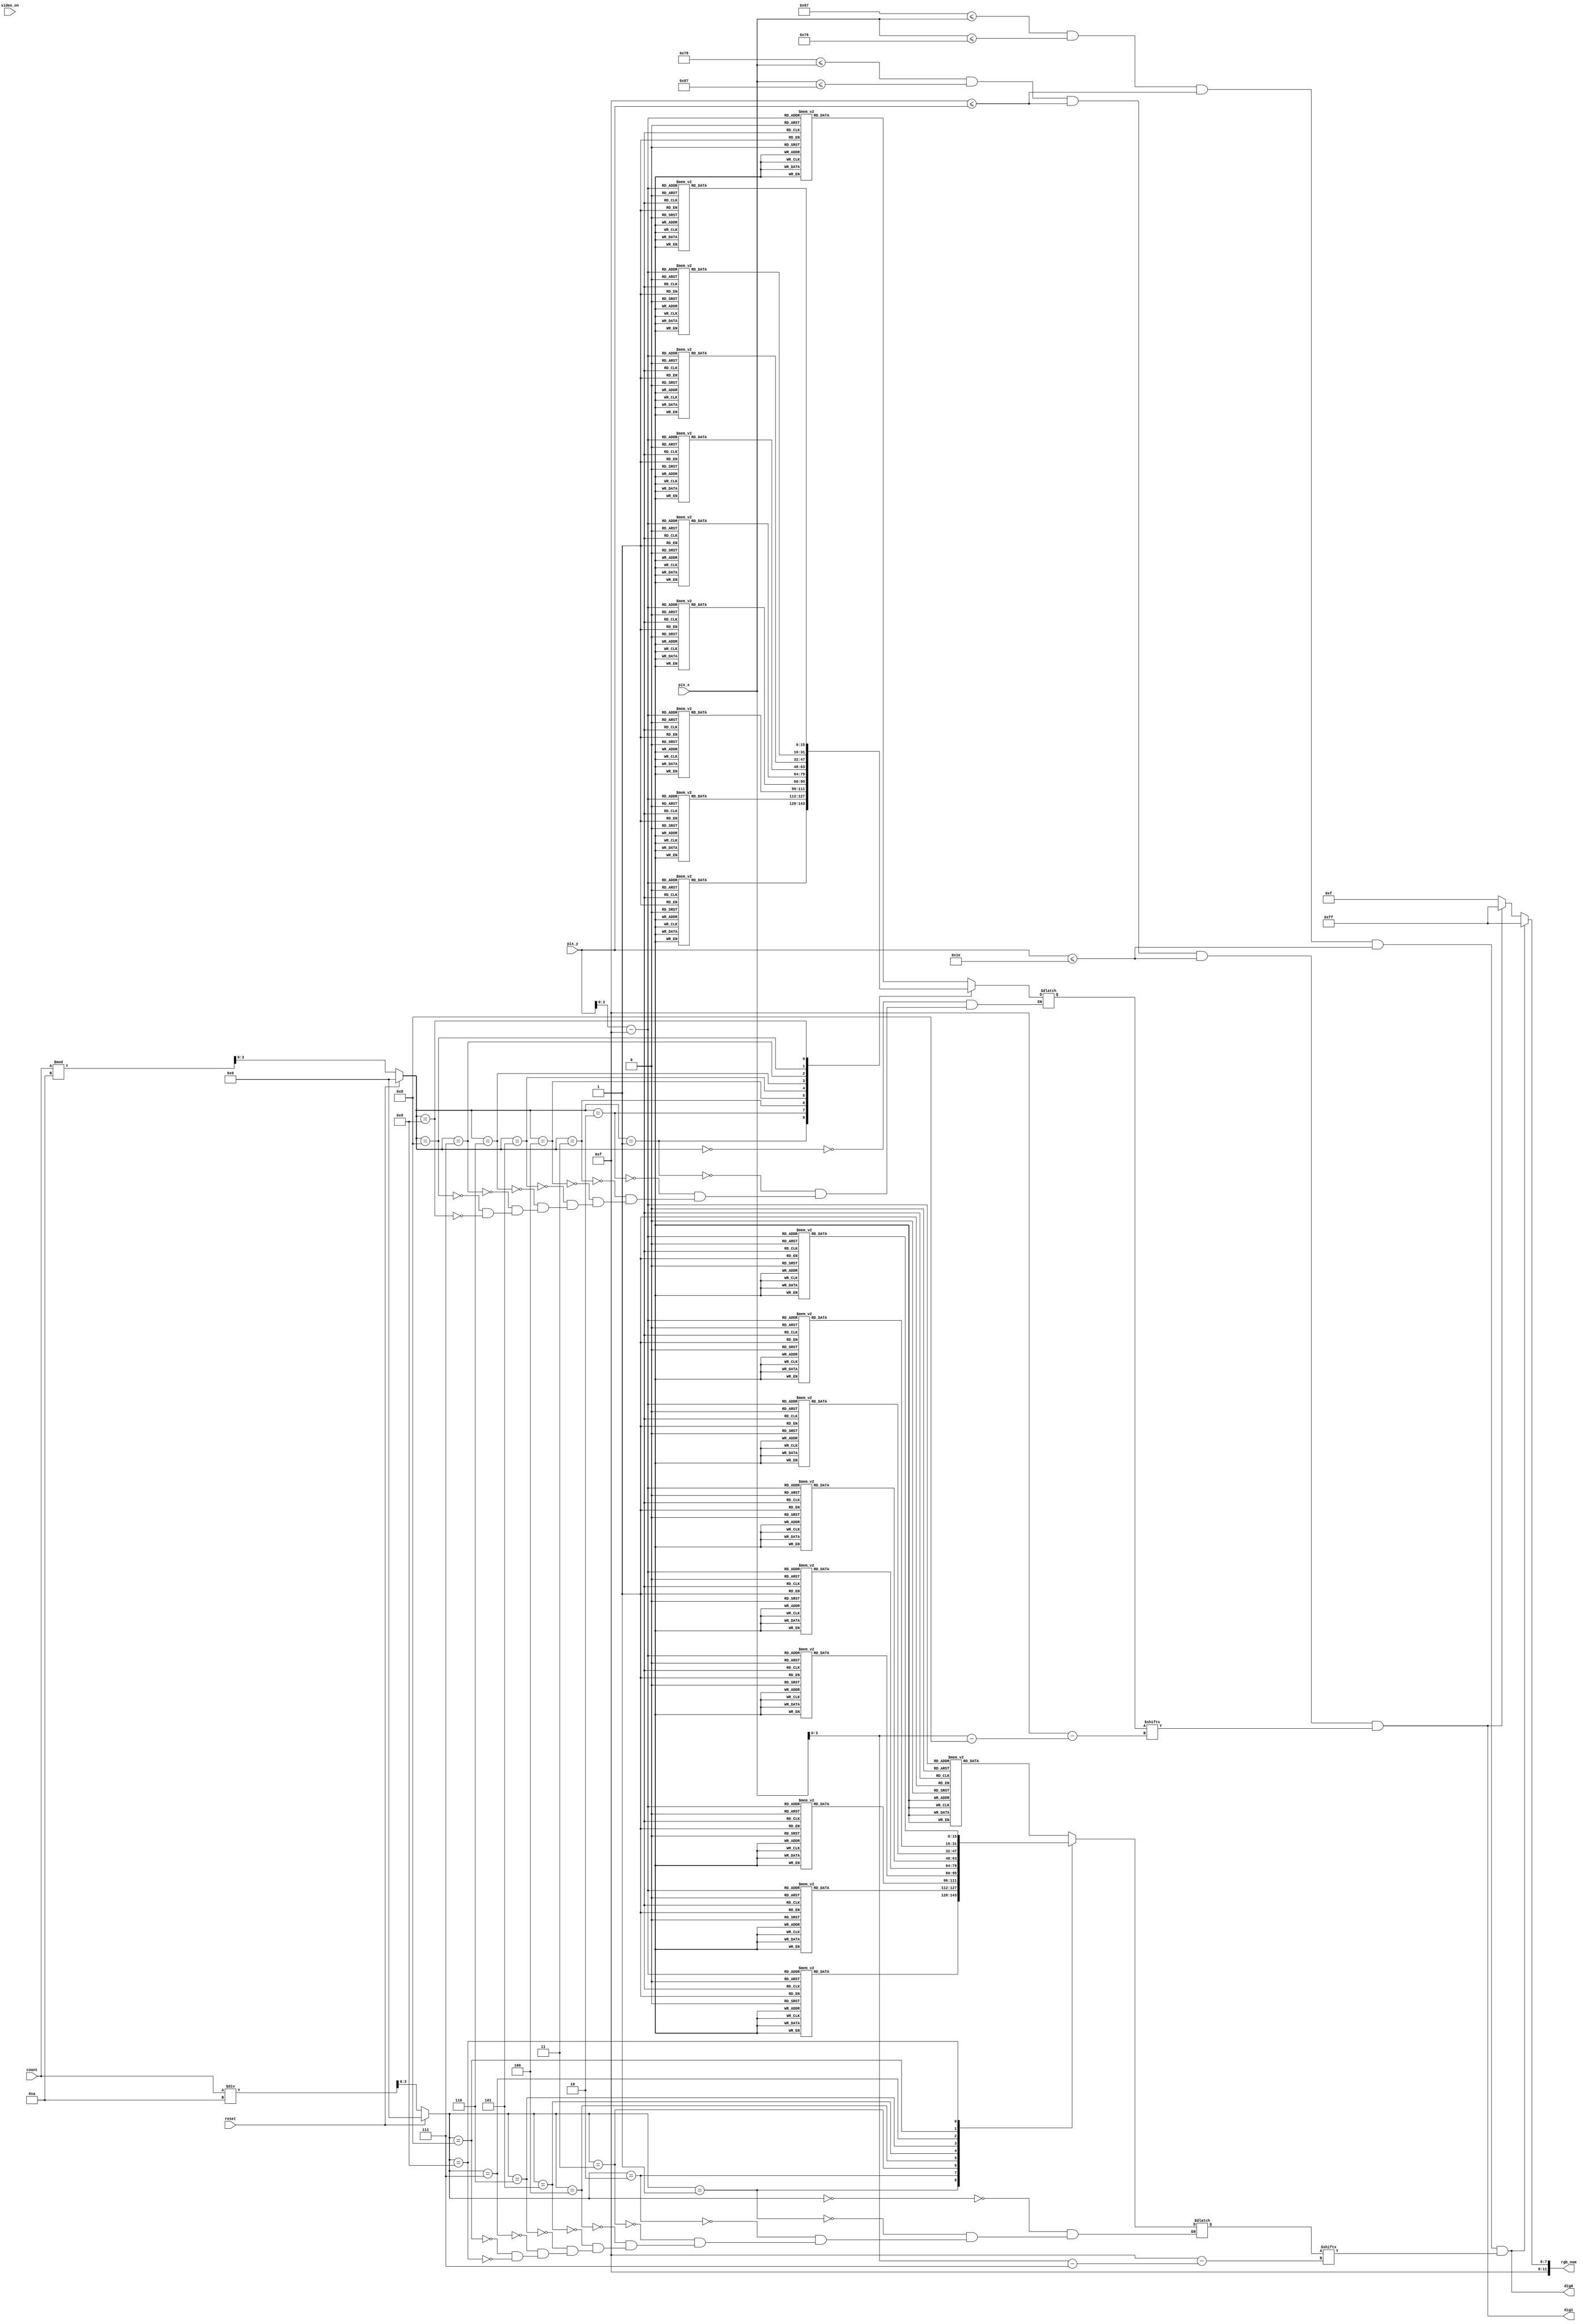
module text_number(
    input video_on,
    input reset,
    input [9:0] pix_x,pix_y,
    input [6:0] count,
    output reg[11:0]rgb_num,
    output wire dig0,dig1
    );



localparam num_X_L1 = 103;
localparam num_X_R1 = 118;
        
localparam num_X_L2 = 120;
localparam num_X_R2 = 135;
localparam num_Y_T = 15;
localparam num_Y_B = 30;

wire  num_on1, rd_num_on1 , num_on2, rd_num_on2;

reg [0:15] rom_data1;
reg [0:15] rom_data2;
wire[3:0] rom_col1,rom_col2,rom_add1,rom_add2;
wire rom_bit1,rom_bit2;
reg [3:0] tens;
reg [3:0] ones;

wire[11:0] background = 12'b100011110000;
wire[11:0] numcolor   = 12'b001100110000;
        
    assign num_on1 =
      (num_X_L1<=pix_x) && (pix_x<=num_X_R1) &&
      (num_Y_T<=pix_y) && (pix_y<=num_Y_B);
      
    assign num_on2 =
      (num_X_L2<=pix_x) && (pix_x<=num_X_R2) &&
      (num_Y_T<=pix_y) && (pix_y<=num_Y_B);                
                     
assign rom_add1 = pix_y[3:0] - num_Y_T[3:0];
assign rom_add2 = pix_y[3:0] - num_Y_T[3:0];
assign rom_col1 = pix_x[3:0] - num_X_L1[3:0];
assign rom_col2 = pix_x[3:0] - num_X_L2[3:0];
assign rom_bit1 = rom_data1[rom_col1];
assign rom_bit2 = rom_data2[rom_col2];
assign rd_num_on1 = num_on1 && rom_bit1;
assign rd_num_on2 = num_on2 && rom_bit2;
          // red
assign dig0=rd_num_on1;
assign dig1=rd_num_on2;
        
        always @ *
        begin 
          if (rd_num_on1)
        rgb_num=12'b111111111111;
        else if (rd_num_on2)
        rgb_num=12'b111111111111;
         else  
        rgb_num=12'b111100001111;
        end 
        
        always @ *
       if(reset)
         begin
            tens <=0;
            ones <= 0;
         end
       else
         begin 
            tens=count/10;
            ones=count%10;
         end
      
        always @ *
        begin 
        case (tens)
        
        0:  case ( rom_add1 )
             0: rom_data1   = 16'b1111111111111111;// 
             1: rom_data1   = 16'b1111111111111111;//
             2: rom_data1   = 16'b1100000000000011;//
             3: rom_data1   = 16'b1100000000000011;//
             4: rom_data1   = 16'b1100000000000011;//
             5: rom_data1   = 16'b1100000000000011;//
             6: rom_data1   = 16'b1100000000000011;//
             7: rom_data1   = 16'b1100000000000011;//
             8: rom_data1   = 16'b1100000000000011;//
             9: rom_data1   = 16'b1100000000000011;//
             10:rom_data1   = 16'b1100000000000011;//
             11:rom_data1   = 16'b1100000000000011;//
             12:rom_data1   = 16'b1100000000000011;//
             13:rom_data1   = 16'b1100000000000011;//
             14:rom_data1   = 16'b1111111111111111;//
             15:rom_data1   = 16'b1111111111111111;//
             endcase
        
        1:  case ( rom_add1 )                                
             0: rom_data1   = 16'b0000001110000000;//         
             1: rom_data1   = 16'b0000011110000000;//         
             2: rom_data1   = 16'b0000000110000000;//         
             3: rom_data1   = 16'b0000000110000000;//         
             4: rom_data1   = 16'b0000000110000000;//         
             5: rom_data1   = 16'b0000000110000000;//         
             6: rom_data1   = 16'b0000000110000000;//         
             7: rom_data1   = 16'b0000000110000000;//         
             8: rom_data1   = 16'b0000000110000000;//         
             9: rom_data1   = 16'b0000000110000000;//         
             10:rom_data1   = 16'b0000000110000000;//         
             11:rom_data1   = 16'b0000000110000000;//         
             12:rom_data1   = 16'b0000000110000000;//         
             13:rom_data1  = 16'b0000000110000000;//         
             14:rom_data1   = 16'b0000000110000000;//         
             15:rom_data1   = 16'b0000000110000000;//  
          endcase 
          
          
        2:   case ( rom_add1 )
                                    
            0: rom_data1   = 16'b1111111111111111;//                         
            1: rom_data1   = 16'b1111111111111111;//                         
            2: rom_data1   = 16'b0000000000000011;//                         
            3: rom_data1   = 16'b0000000000000011;//                         
            4: rom_data1   = 16'b0000000000000011;//                         
            5: rom_data1   = 16'b0000000000000011;//                         
            6: rom_data1   = 16'b0000000000000011;//                         
            7: rom_data1   = 16'b1111111111111111;//                         
            8: rom_data1   = 16'b1111111111111111;//                         
            9: rom_data1   = 16'b1100000000000000;//                         
            10:rom_data1   = 16'b1100000000000000;//                         
            11:rom_data1   = 16'b1100000000000000;//                         
            12:rom_data1   = 16'b1100000000000000;//                         
            13:rom_data1   = 16'b1100000000000000;//                         
            14:rom_data1   = 16'b1111111111111111;//                                                
            15:rom_data1   = 16'b1111111111111111;// 
            endcase 
            
        3:case ( rom_add1 )                         
           0: rom_data1   = 16'b1111111111111111;//  
           1: rom_data1   = 16'b1111111111111111;//  
           2: rom_data1   = 16'b0000000000000011;//  
           3: rom_data1   = 16'b0000000000000011;//  
           4: rom_data1   = 16'b0000000000000011;//  
           5: rom_data1   = 16'b0000000000000011;//  
           6: rom_data1   = 16'b0000000000000011;//  
           7: rom_data1   = 16'b1111111111111111;//  
           8: rom_data1   = 16'b1111111111111111;//  
           9: rom_data1   = 16'b0000000000000011;//  
           10:rom_data1   = 16'b0000000000000011;//  
           11:rom_data1   = 16'b0000000000000011;//  
           12:rom_data1   = 16'b0000000000000011;//  
           13:rom_data1   = 16'b0000000000000011;//  
           14:rom_data1   = 16'b11111111111111111;//  
           
           15:rom_data1   = 16'b11111111111111111;//  
           endcase                                  
        
        
        
        
        
        
        4:case ( rom_add1 )                         
           0: rom_data1   = 16'b1100000000000011;//  
           1: rom_data1   = 16'b1100000000000011;//  
           2: rom_data1   = 16'b1100000000000011;//  
           3: rom_data1   = 16'b1100000000000011;//  
           4: rom_data1   = 16'b1100000000000011;//  
           5: rom_data1   = 16'b1100000000000011;//  
           6: rom_data1   = 16'b1111111111111111;//  
           7: rom_data1   = 16'b1111111111111111;//  
           8: rom_data1   = 16'b0000000000000011;//  
           9: rom_data1   = 16'b0000000000000011;//  
           10:rom_data1   = 16'b0000000000000011;//  
           11:rom_data1   = 16'b0000000000000011;//  
           12:rom_data1   = 16'b0000000000000011;//  
           13:rom_data1   = 16'b0000000000000011;//  
           14:rom_data1   = 16'b0000000000000011;//  
           15:rom_data1   = 16'b0000000000000011;//  
           endcase                                  
        
        5:case ( rom_add1 )                         
           0: rom_data1   = 16'b1111111111111111;//  
           1: rom_data1   = 16'b1111111111111111;//  
           2: rom_data1   = 16'b1100000000000000;//  
           3: rom_data1   = 16'b1100000000000000;//  
           4: rom_data1   = 16'b1100000000000000;//  
           5: rom_data1   = 16'b1100000000000000;//  
           6: rom_data1   = 16'b1111111111111111;//  
           7: rom_data1   = 16'b1111111111111111;//  
           8: rom_data1   = 16'b0000000000000011;//  
           9: rom_data1   = 16'b0000000000000011;//  
           10:rom_data1   = 16'b0000000000000011;//  
           11:rom_data1   = 16'b0000000000000011;//  
           12:rom_data1   = 16'b0000000000000011;//  
           13:rom_data1   = 16'b0000000000000011;//  
           14:rom_data1   = 16'b1111111111111111;//  
           15:rom_data1   = 16'b1111111111111111;//  
           endcase                                  
        
        
        
        
        
        
        6:case ( rom_add1 )                         
           0: rom_data1   = 16'b1111111111111111;//  
           1: rom_data1   = 16'b1111111111111111;//  
           2: rom_data1   = 16'b1100000000000000;//  
           3: rom_data1   = 16'b1100000000000000;//  
           4: rom_data1   = 16'b1100000000000000;//  
           5: rom_data1   = 16'b1100000000000000;//  
           6: rom_data1   = 16'b1100000000000000;//  
           7: rom_data1   = 16'b1111111111111111;//  
           8: rom_data1   = 16'b1111111111111111;//  
           9: rom_data1   = 16'b1100000000000011;//  
           10:rom_data1   = 16'b1100000000000011;//  
           11:rom_data1   = 16'b1100000000000011;//  
           12:rom_data1   = 16'b1100000000000011;//  
           13:rom_data1   = 16'b1100000000000011;//  
           14:rom_data1   = 16'b1111111111111111;//  
           15:rom_data1   = 16'b1111111111111111;//  
           endcase    
           
                                         
        7: 
        case ( rom_add1 )                         
         0: rom_data1   = 16'b1111111111111111;//  
         1: rom_data1   = 16'b1111111111111111;//  
         2: rom_data1   = 16'b0000000000000011;//  
         3: rom_data1   = 16'b0000000000000011;//  
         4: rom_data1   = 16'b0000000000000011;//  
         5: rom_data1   = 16'b0000000000000011;//  
         6: rom_data1   = 16'b0000000000000011;//  
         7: rom_data1   = 16'b0000000000000011;//  
         8: rom_data1   = 16'b0000000000000011;//  
         9: rom_data1   = 16'b0000000000000011;//  
         10:rom_data1   = 16'b0000000000000011;//  
         11:rom_data1   = 16'b0000000000000011;//  
         12:rom_data1   = 16'b0000000000000011;//  
         13:rom_data1   = 16'b0000000000000011;//  
         14:rom_data1   = 16'b0000000000000011;//  
         15:rom_data1   = 16'b0000000000000011;//  
         endcase                                  
        
        
        
        
        
        
        
        8:case ( rom_add1 )                         
           0: rom_data1   = 16'b1111111111111111;//  
           1: rom_data1   = 16'b1111111111111111;//  
           2: rom_data1   = 16'b1100000000000011;//  
           3: rom_data1   = 16'b1100000000000011;//  
           4: rom_data1   = 16'b1100000000000011;//  
           5: rom_data1   = 16'b1100000000000011;//  
           6: rom_data1   = 16'b1100000000000011;//  
           7: rom_data1   = 16'b1111111111111111;//  
           8: rom_data1   = 16'b1111111111111111;//  
           9: rom_data1   = 16'b1100000000000011;//  
           10:rom_data1   = 16'b1100000000000011;//  
           11:rom_data1   = 16'b1100000000000011;//  
           12:rom_data1   = 16'b1100000000000011;//  
           13:rom_data1   = 16'b1100000000000011;//  
           14:rom_data1   = 16'b1111111111111111;//  
           15:rom_data1   = 16'b1111111111111111;//  
           endcase                                  
        
        
        
        9:
        case ( rom_add1 )                         
         0: rom_data1   = 16'b1111111111111111;//  
         1: rom_data1   = 16'b1111111111111111;//  
         2: rom_data1   = 16'b1100000000000011;//  
         3: rom_data1   = 16'b1100000000000011;//  
         4: rom_data1   = 16'b1100000000000011;//  
         5: rom_data1   = 16'b1100000000000011;//  
         6: rom_data1   = 16'b1100000000000011;//  
         7: rom_data1   = 16'b1111111111111111;//  
         8: rom_data1   = 16'b1111111111111111;//  
         9: rom_data1   = 16'b0000000000000011;//  
         10:rom_data1   = 16'b0000000000000011;//  
         11:rom_data1   = 16'b0000000000000011;//  
         12:rom_data1   = 16'b0000000000000011;//  
         13:rom_data1   = 16'b0000000000000011;//  
         14:rom_data1   = 16'b0000000000000011;//  
         15:rom_data1   = 16'b0000000000000011;//  
         endcase                                  
       
        
        endcase 
        end 

 always @ *                                
 begin                                     
 case (ones)                               
                                           
     0:  case ( rom_add2 )                     
          0: rom_data2   = 16'b1111111111111111;
          1: rom_data2   = 16'b1111111111111111;
          2: rom_data2   = 16'b1100000000000011;
          3: rom_data2   = 16'b1100000000000011;
          4: rom_data2   = 16'b1100000000000011;
          5: rom_data2   = 16'b1100000000000011;
          6: rom_data2   = 16'b1100000000000011;
          7: rom_data2   = 16'b1100000000000011;
          8: rom_data2   = 16'b1100000000000011;
          9: rom_data2   = 16'b1100000000000011;
          10:rom_data2   = 16'b1100000000000011;
          11:rom_data2   = 16'b1100000000000011;
          12:rom_data2   = 16'b1100000000000011;
          13:rom_data2   = 16'b1100000000000011;
          14:rom_data2   = 16'b1111111111111111;
          15:rom_data2  = 16'b1111111111111111;
          endcase                              
                                               
     1:  case ( rom_add2 )                     
          0: rom_data2   = 16'b0000001110000000;
          1: rom_data2   = 16'b0000011110000000;
          2: rom_data2   = 16'b0000000110000000;
          3: rom_data2   = 16'b0000000110000000;
          4: rom_data2   = 16'b0000000110000000;
          5: rom_data2   = 16'b0000000110000000;
          6: rom_data2   = 16'b0000000110000000;
          7: rom_data2   = 16'b0000000110000000;
          8: rom_data2   = 16'b0000000110000000;
          9: rom_data2   = 16'b0000000110000000;
          10:rom_data2   = 16'b0000000110000000;
          11:rom_data2   = 16'b0000000110000000;
          12:rom_data2   = 16'b0000000110000000;
          13:rom_data2   = 16'b0000000110000000;
          14:rom_data2   = 16'b0000000110000000;
          15:rom_data2   = 16'b0000000110000000;
       endcase                                 
                                               
                                               
     2:   case ( rom_add2 )                    
                                               
         0: rom_data2   = 16'b1111111111111111;
         1: rom_data2   = 16'b1111111111111111;
         2: rom_data2   = 16'b0000000000000011;
         3: rom_data2   = 16'b0000000000000011;
         4: rom_data2   = 16'b0000000000000011;
         5: rom_data2   = 16'b0000000000000011;
         6: rom_data2   = 16'b0000000000000011;
         7: rom_data2   = 16'b1111111111111111;
         8: rom_data2   = 16'b1111111111111111;
         9: rom_data2   = 16'b1100000000000000;
         10:rom_data2   = 16'b1100000000000000;
         11:rom_data2   = 16'b1100000000000000;
         12:rom_data2   = 16'b1100000000000000;
         13:rom_data2   = 16'b1100000000000000;
         14:rom_data2   = 16'b1111111111111111;
         15:rom_data2   = 16'b1111111111111111;
         endcase                               
                                               
     3:   case ( rom_add2 )                       
         0: rom_data2   = 16'b1111111111111111;//
         1: rom_data2   = 16'b1111111111111111;//
         2: rom_data2   = 16'b0000000000000011;//
         3: rom_data2   = 16'b0000000000000011;//
         4: rom_data2   = 16'b0000000000000011;//
         5: rom_data2   = 16'b0000000000000011;//
         6: rom_data2   = 16'b0000000000000011;//
         7: rom_data2   = 16'b1111111111111111;//
         8: rom_data2   = 16'b1111111111111111;//
         9: rom_data2   = 16'b0000000000000011;//
         10:rom_data2   = 16'b0000000000000011;//
         11:rom_data2   = 16'b0000000000000011;//
         12:rom_data2   = 16'b0000000000000011;//
         13:rom_data2   = 16'b0000000000000011;//
         14:rom_data2   = 16'b1111111111111111;
         15:rom_data2   = 16'b1111111111111111;
        endcase                                
                                               
                                               
                                               
                                               
                                               
                                               
     4:case ( rom_add2 )                       
        0: rom_data2   = 16'b1100000000000011;//
        1: rom_data2   = 16'b1100000000000011;//
        2: rom_data2   = 16'b1100000000000011;//
        3: rom_data2   = 16'b1100000000000011;//
        4: rom_data2   = 16'b1100000000000011;//
        5: rom_data2   = 16'b1100000000000011;//
        6: rom_data2   = 16'b1111111111111111;//
        7: rom_data2   = 16'b1111111111111111;//
        8: rom_data2   = 16'b0000000000000011;//
        9: rom_data2   = 16'b0000000000000011;//
        10:rom_data2   = 16'b0000000000000011;//
        11:rom_data2   = 16'b0000000000000011;//
        12:rom_data2   = 16'b0000000000000011;//
        13:rom_data2   = 16'b0000000000000011;//
        14:rom_data2   = 16'b0000000000000011;//
        15:rom_data2   = 16'b0000000000000011;//
        endcase                                
                                               
     5:case ( rom_add2 )                       
        0: rom_data2   = 16'b1111111111111111;//
        1: rom_data2   = 16'b1111111111111111;//
        2: rom_data2   = 16'b1100000000000000;//
        3: rom_data2   = 16'b1100000000000000;//
        4: rom_data2   = 16'b1100000000000000;//
        5: rom_data2   = 16'b1100000000000000;//
        6: rom_data2   = 16'b1111111111111111;//
        7: rom_data2   = 16'b1111111111111111;//
        8: rom_data2   = 16'b0000000000000011;//
        9: rom_data2   = 16'b0000000000000011;//
        10:rom_data2   = 16'b0000000000000011;//
        11:rom_data2   = 16'b0000000000000011;//
        12:rom_data2   = 16'b0000000000000011;//
        13:rom_data2   = 16'b0000000000000011;//
        14:rom_data2   = 16'b1111111111111111;//
        15:rom_data2   = 16'b1111111111111111;//
        endcase                                
                                               
                                               
                                               
                                               
                                               
                                               
     6:case ( rom_add2 )                       
        0: rom_data2   = 16'b1111111111111111;//
        1: rom_data2   = 16'b1111111111111111;//
        2: rom_data2   = 16'b1100000000000000;//
        3: rom_data2   = 16'b1100000000000000;//
        4: rom_data2   = 16'b1100000000000000;//
        5: rom_data2   = 16'b1100000000000000;//
        6: rom_data2   = 16'b1100000000000000;//
        7: rom_data2   = 16'b1111111111111111;//
        8: rom_data2   = 16'b1111111111111111;//
        9: rom_data2   = 16'b1100000000000011;//
        10:rom_data2   = 16'b1100000000000011;//
        11:rom_data2   = 16'b1100000000000011;//
        12:rom_data2   = 16'b1100000000000011;//
        13:rom_data2   = 16'b1100000000000011;//
        14:rom_data2   = 16'b1111111111111111;//
        15:rom_data2   = 16'b1111111111111111;//
        endcase                                
                                               
                                               
     7:                                        
     case ( rom_add2 )                         
      0: rom_data2   = 16'b1111111111111111;//  
      1: rom_data2   = 16'b1111111111111111;//  
      2: rom_data2   = 16'b0000000000000011;//  
      3: rom_data2   = 16'b0000000000000011;//  
      4: rom_data2   = 16'b0000000000000011;//  
      5: rom_data2   = 16'b0000000000000011;//  
      6: rom_data2   = 16'b0000000000000011;//  
      7: rom_data2   = 16'b0000000000000011;//  
      8: rom_data2   = 16'b0000000000000011;//  
      9: rom_data2   = 16'b0000000000000011;//  
      10:rom_data2   = 16'b0000000000000011;//  
      11:rom_data2   = 16'b0000000000000011;//  
      12:rom_data2   = 16'b0000000000000011;//  
      13:rom_data2   = 16'b0000000000000011;//  
      14:rom_data2   = 16'b0000000000000011;//  
      15:rom_data2   = 16'b0000000000000011;//  
      endcase                                  
                                               
                                               
                                               
                                               
                                               
                                               
                                               
     8:case ( rom_add2 )                       
        0: rom_data2   = 16'b1111111111111111;//
        1: rom_data2   = 16'b1111111111111111;//
        2: rom_data2   = 16'b1100000000000011;//
        3: rom_data2   = 16'b1100000000000011;//
        4: rom_data2   = 16'b1100000000000011;//
        5: rom_data2   = 16'b1100000000000011;//
        6: rom_data2   = 16'b1100000000000011;//
        7: rom_data2   = 16'b1111111111111111;//
        8: rom_data2   = 16'b1111111111111111;//
        9: rom_data2   = 16'b1100000000000011;//
        10:rom_data2   = 16'b1100000000000011;//
        11:rom_data2   = 16'b1100000000000011;//
        12:rom_data2   = 16'b1100000000000011;//
        13:rom_data2  =  16'b1100000000000011;//
        14:rom_data2   = 16'b1111111111111111;//
        15:rom_data2   = 16'b1111111111111111;//
        endcase                                
                                               
                                               
                                               
     9:                                        
     case ( rom_add2 )                         
      0: rom_data2   = 16'b1111111111111111;//  
      1: rom_data2   = 16'b1111111111111111;//  
      2: rom_data2   = 16'b1100000000000011;//  
      3: rom_data2   = 16'b1100000000000011;//  
      4: rom_data2   = 16'b1100000000000011;//  
      5: rom_data2   = 16'b1100000000000011;//  
      6: rom_data2   = 16'b1100000000000011;//  
      7: rom_data2   = 16'b1111111111111111;//  
      8: rom_data2   = 16'b1111111111111111;//  
      9: rom_data2   = 16'b0000000000000011;//  
      10:rom_data2   = 16'b0000000000000011;//  
      11:rom_data2   = 16'b0000000000000011;//  
      12:rom_data2   = 16'b0000000000000011;//  
      13:rom_data2   = 16'b0000000000000011;//  
      14:rom_data2   = 16'b0000000000000011;//  
      15:rom_data2   = 16'b0000000000000011;//  
  endcase                                  
                                           
                                          
                                           
 endcase                                   
 end                                       
      
endmodule